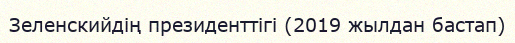
Зеленскийдің президенттігі (2019 жылдан бастап)